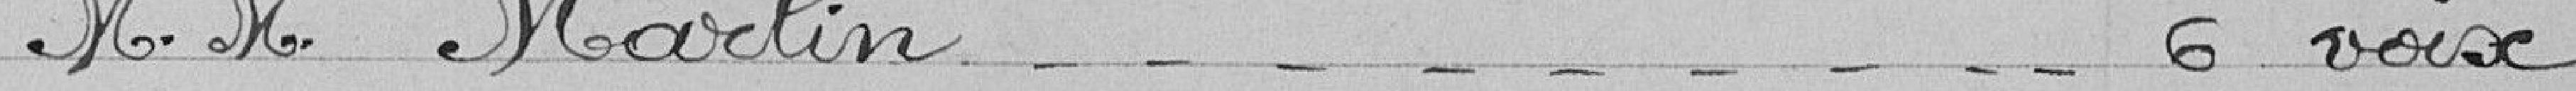
M. Marlin 6 voix